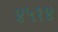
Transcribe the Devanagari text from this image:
४५१४